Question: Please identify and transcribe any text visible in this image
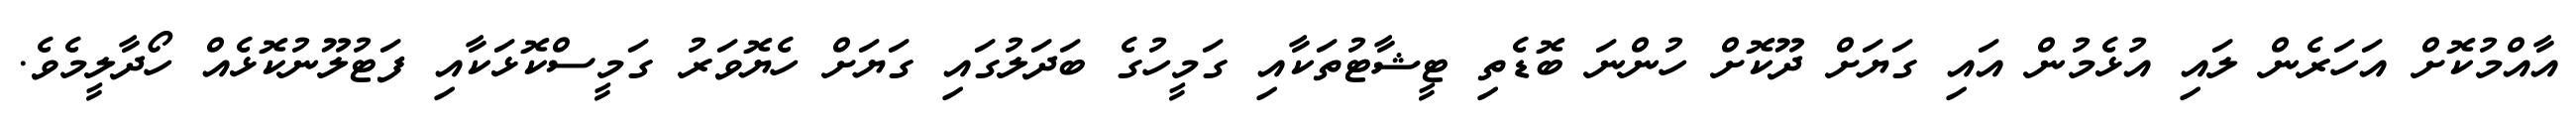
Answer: އާއްމުކޮށް އަހަރެން ލައި އުޅެމުން އައި ގަޔަށް ދޫކޮށް ހުންނަ ބޮޑެތި ޓީޝާޓުތަކާއި ގަމީހުގެ ބަދަލުގައި ގަޔަށް ހެޔޮވަރު ގަމީސްކޮޅަކާއި ފަޓުލޫނުކޮޅެއް ހޯދާލީމެވެ.